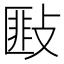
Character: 𢾻